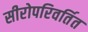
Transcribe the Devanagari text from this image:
सीरोपरिवर्तित